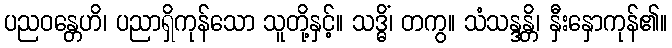
ပညဝန္တေဟိ၊ ပညာရှိကုန်သော သူတို့နှင့်။ သဒ္ဓိံ၊ တကွ။ သံသန္ဒန္တိ၊ နှီးနှောကုန်၏။